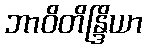
ဘာဝိတိန္ဒြိယာ